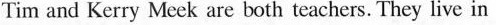
Tim and Kerry Meek are both teachers. They live in